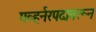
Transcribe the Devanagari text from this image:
गव्हर्नरपदावरून